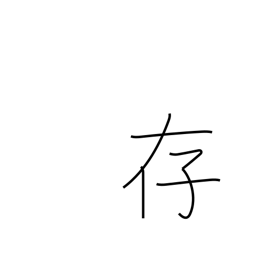
Meaning: be aware of